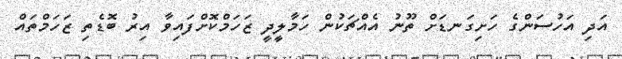
އަދި އަހުސަންގެ ހަށިގަނޑަށް ތޫނު އެއްޗަކުން ހަމާލީދީ ޒަހަމްކޮށްފައިވާ އިރު ބޮޑެތި ޒަހަމްތައް